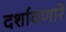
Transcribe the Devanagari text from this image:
दर्शावणारे